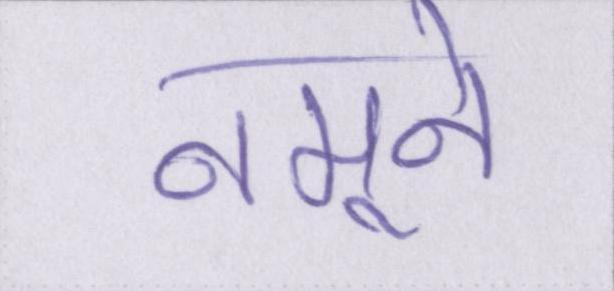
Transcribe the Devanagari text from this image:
नमूने